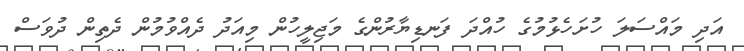
އަދި މައްސަލަ ހުށަހެޅުމުގެ ހުއްދަ ފަނޑިޔާރުންގެ މަޖިލީހުން މިއަދު ދެއްވުމުން ދެތިން ދުވަސް